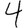
Digit: 4